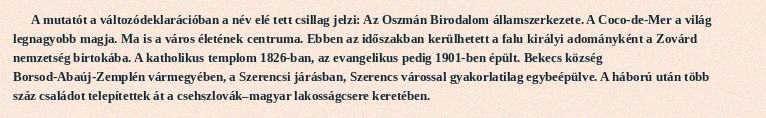
A mutatót a változódeklarációban a név elé tett csillag jelzi: Az Oszmán Birodalom államszerkezete. A Coco-de-Mer a világ legnagyobb magja. Ma is a város életének centruma. Ebben az időszakban kerülhetett a falu királyi adományként a Zovárd nemzetség birtokába. A katholikus templom 1826-ban, az evangelikus pedig 1901-ben épült. Bekecs község Borsod-Abaúj-Zemplén vármegyében, a Szerencsi járásban, Szerencs várossal gyakorlatilag egybeépülve. A háború után több száz családot telepítettek át a csehszlovák–magyar lakosságcsere keretében.